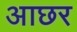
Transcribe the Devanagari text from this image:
आछर